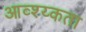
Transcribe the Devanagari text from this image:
आव्श्य्कता